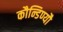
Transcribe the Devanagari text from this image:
कौन्डिण्यौ